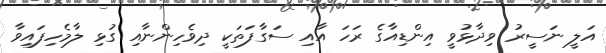
އަލީ ނަސީރު ވިދާޅުވީ އިންޑިއާގެ ރަހަ އާއި ސަގާފަތަކީ ދިވެހިންނާއި ގުޅި ލާމެހިފައިވާ